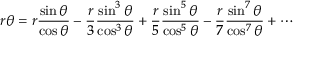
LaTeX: r \theta = { r { \frac { \sin \theta } { \cos \theta } } } - { \frac { r } { 3 } } { \frac { \sin ^ { 3 } \theta } { \cos ^ { 3 } \theta } } + { \frac { r } { 5 } } { \frac { \sin ^ { 5 } \theta } { \cos ^ { 5 } \theta } } - { \frac { r } { 7 } } { \frac { \sin ^ { 7 } \theta } { \cos ^ { 7 } \theta } } + \cdots